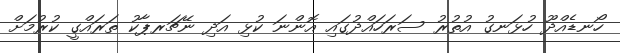
ހޯނޑެއްދޫ ހުޅަނގު އުތުރު ސަރަހައްދުގައި އޮންނަ ކުޅި އަދި ނޭޗަރޕާކު ތަރައްގީ ކުރުމަށް